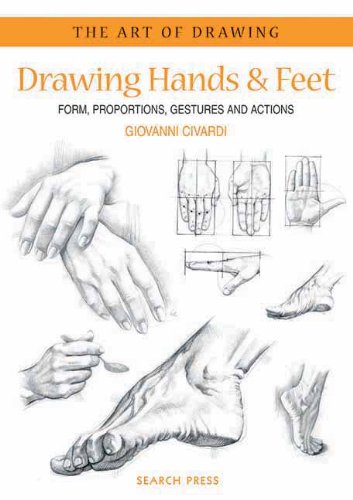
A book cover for Drawing Hands & Feet: Form - Proportions - Gestures and Actions (The Art of Drawing); Giovanni Civardi; Arts & Photography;